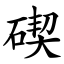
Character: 碶